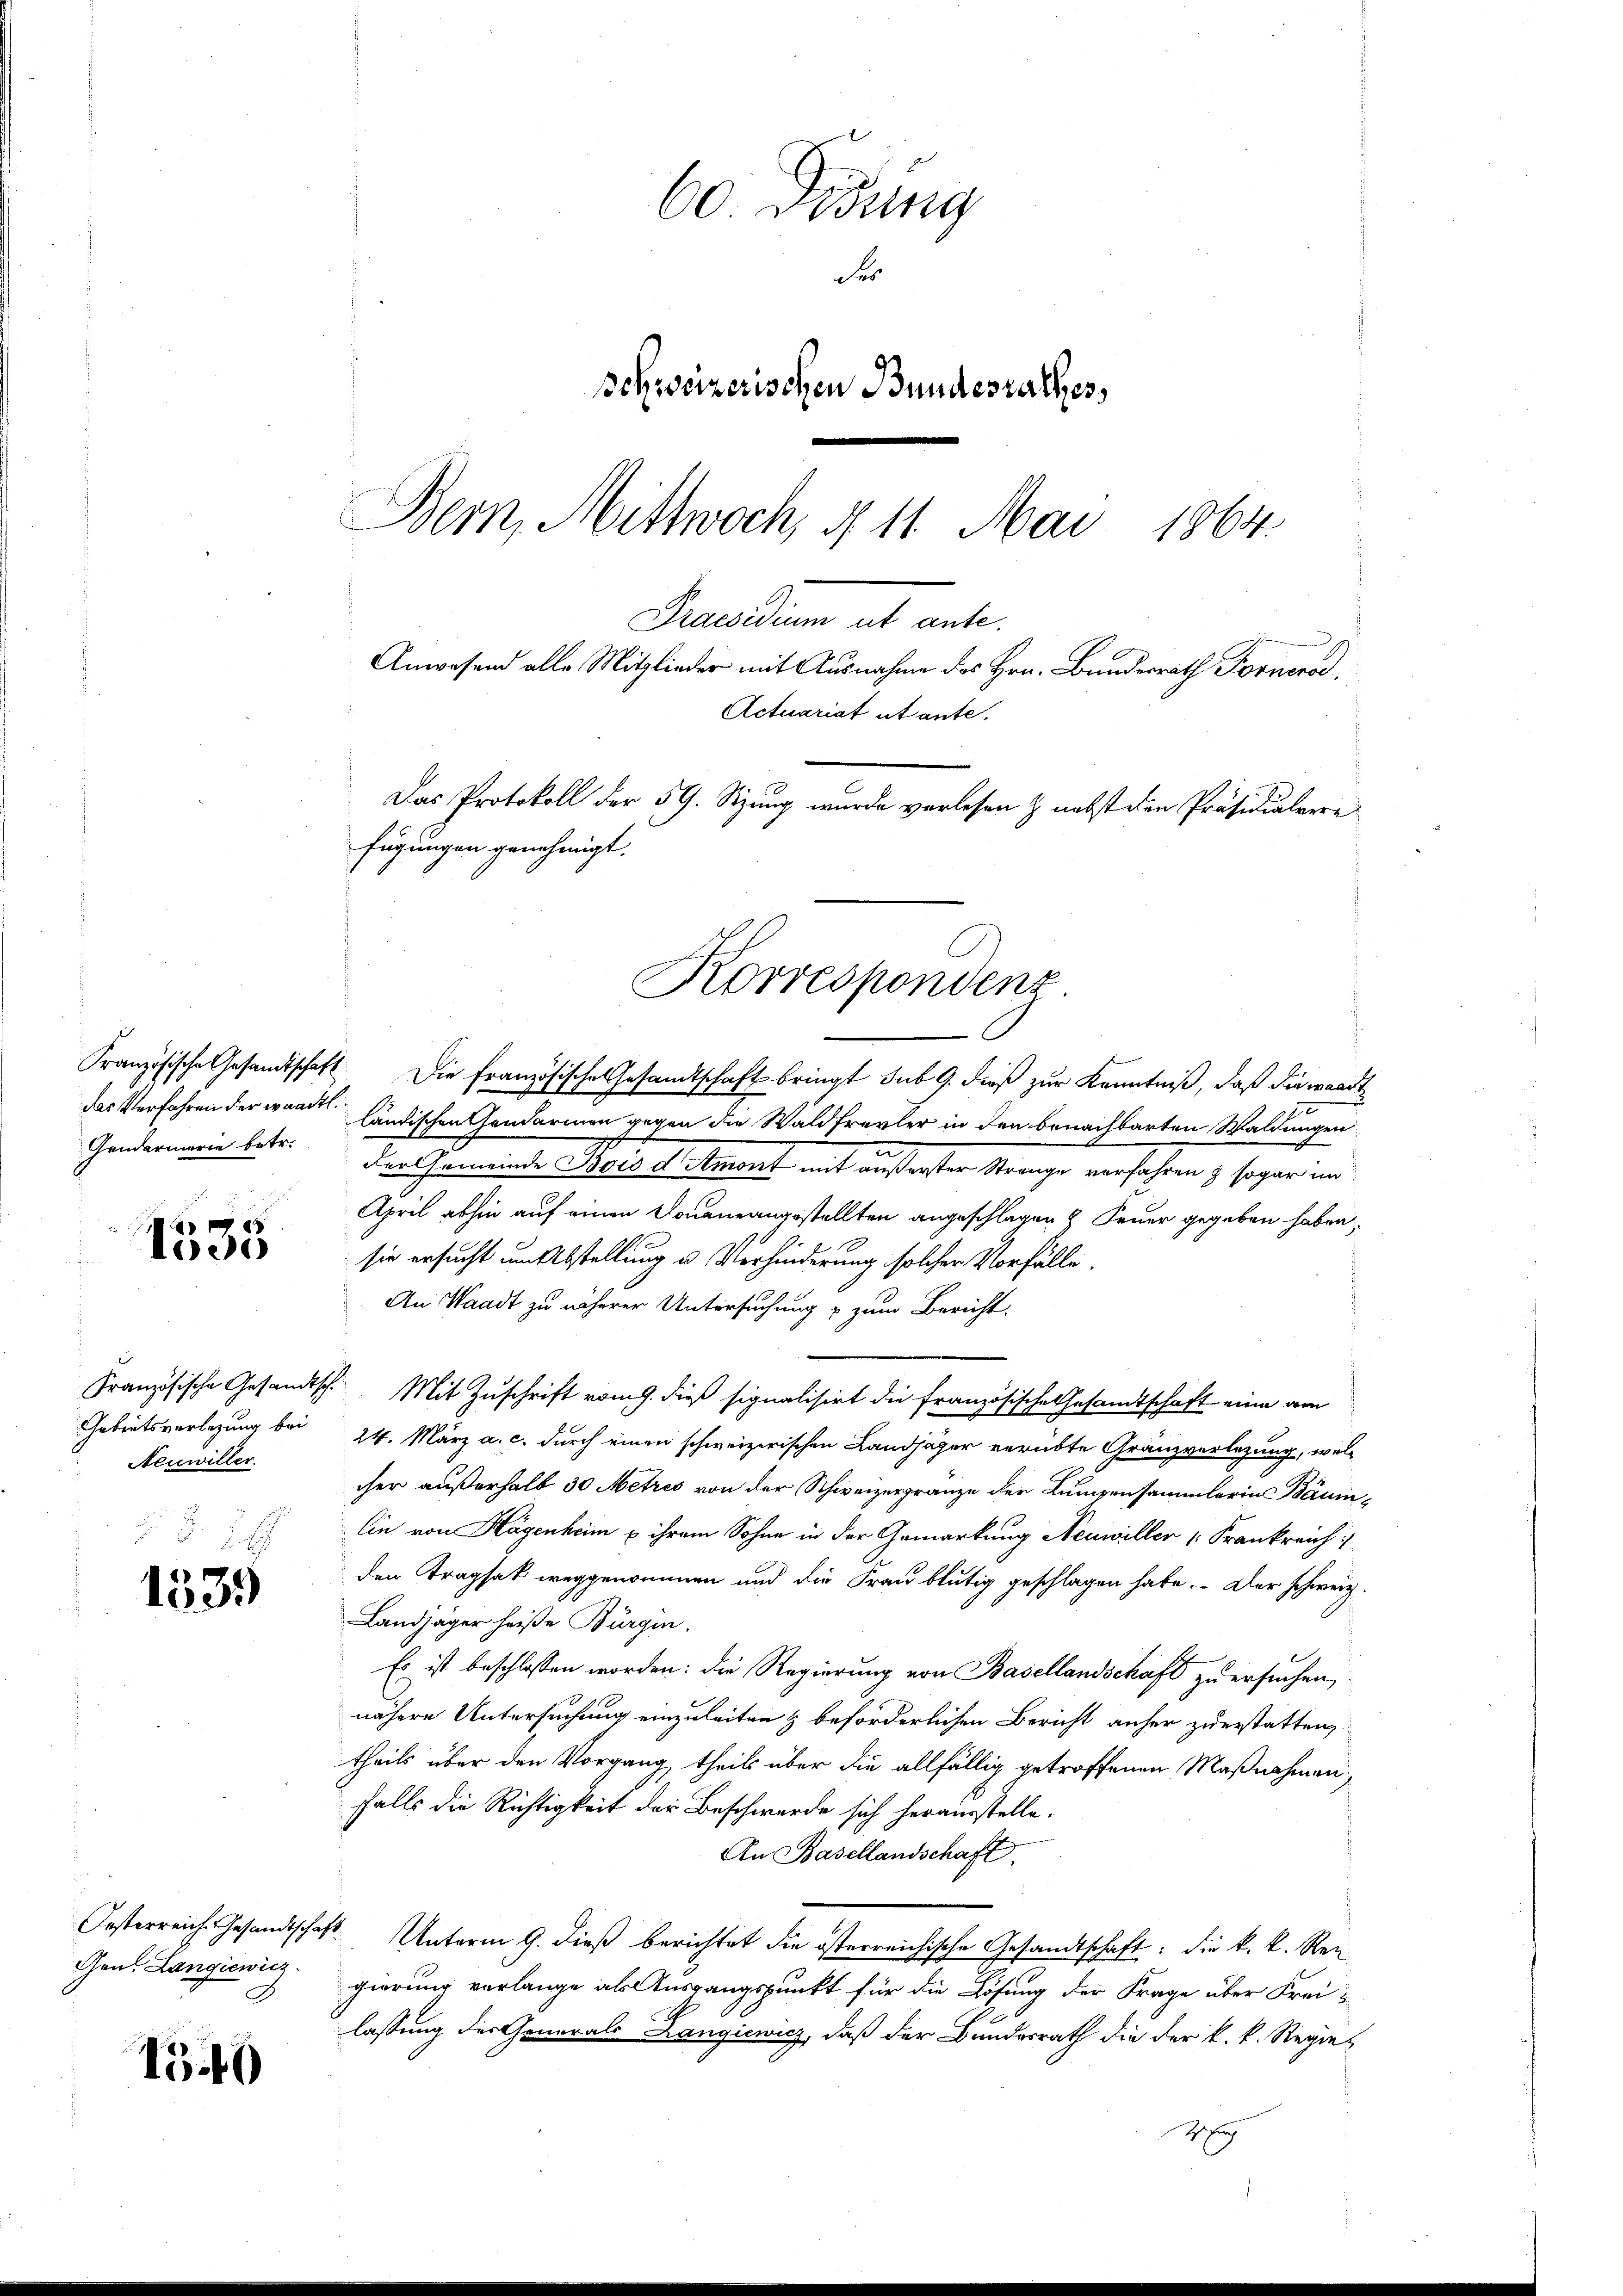
Gendarmerie betr.

1005

Französische Gesandtsche
Gebratsverlegung bei
Neuwiller.

1539

Festerreich. Gesandtschaft
Gen. Langiewicz

1549

60 Dodung
Fr
Schweizerischen Bundesrathes,
Bern, Mittwoch, § 11. Mai 1864.

Actuariat et ante.
Das Protokoll der 59. Sitzung wurde verlesen & nebst den Präsidialvere
fügungen genehmigt.
Korrespondenz

Peuerdien als ante.
Anwesend alle Mitglieder mit Ausnahme des Hrn. Bundesrath Fornerod,

Französische Gesandtschaft. Die französische Gesamtschaft bringt sub 9. dieß zur Kenntniß, daß die waadt
das Verfahren der waadt ländischen Gendarmen gegen die Waldfrevler in den benachbarten Waldungen
der Gemeinde Weise mont mit äußerster Strange verfahren & sogar im
April abhin auf einen Sonne angestellten angeschlagen & Feuer gegeben haben,
sie ersucht um Abstellung u. Verhinderung solcher Vorfälle
An Waadt zu näherer Untersuchung & zum Bericht.
Mit Zuschrift vom 9. dieß signalisirt die französische Gesandtschaft eine am
24. März a. c. durch einen schweizerischen Landjäger verübte Gränzverlegung, welcher außerhalb 30 Metzes von der Schweizergränze der Lumpensammlerin Bäum
lin von Hagenheim u ihrem Sohne in der Gemarkung Neuwiller Frankreich
den Tragsatz weggenommen und die Frau blutig geschlagen habe. Der schweiz.
Landjäger heiße Bürgin.
Es ist beschlossen worden: die Regierung von Basellandschaft zu ersuchen,
nähere Untersuchung einzuleiten & beförderlichen Bericht anher zuerstatten
theils über den Vorgang, theils über die allfällig getroffenen Maßnahmen,
falls die Richtigkeit der Beschwerde sich herausstelle.
An Basellandschaft.
 Unterm 9. dieß berichtet die österreichische Gesandtschaft; die k. k. Reigierung verlange als Ausgangspunkt für die Lösung der Frage über Freilassung der Generals Langiewicz, daß der Bundesrath die der k. k. Regie¬
H